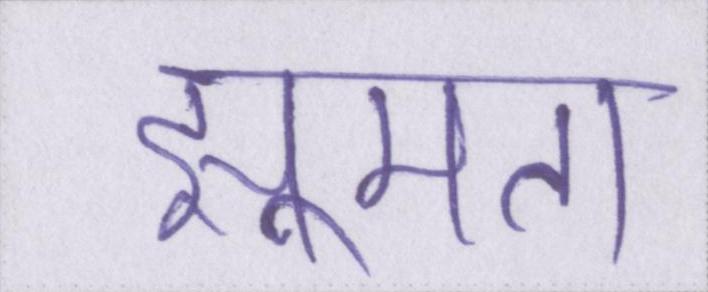
झूमता